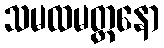
သမထမတ္တနော